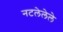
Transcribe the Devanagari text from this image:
नटलेलेले